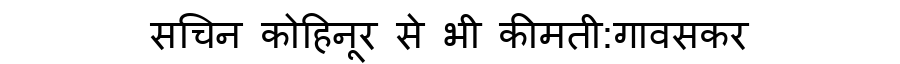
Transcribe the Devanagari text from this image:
सचिन कोहिनूर से भी कीमती:गावसकर